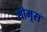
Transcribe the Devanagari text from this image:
थोमूस